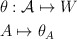
\begin{align*} &\theta: \mathcal{A}\mapsto W\\ &A\mapsto \theta_{A} \end{align*}